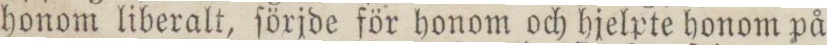
honom liberalt, ſöxjde för honom och hjelpte honom på